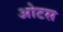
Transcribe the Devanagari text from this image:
ओटस